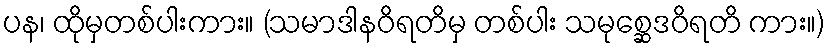
ပန၊ ထိုမှတစ်ပါးကား။ (သမာဒါနဝိရတိမှ တစ်ပါး သမုစ္ဆေဒဝိရတိ ကား။)